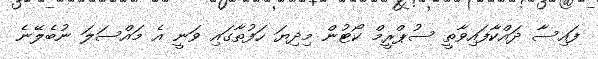
ފައިސާ ދައްކާފައިވާތީ ސުޕްރީމް ކޯޓުން މިދިޔަ ހަފުތާގައި ވަނީ އެ މައްސަލަ ނުބެލޭނެ